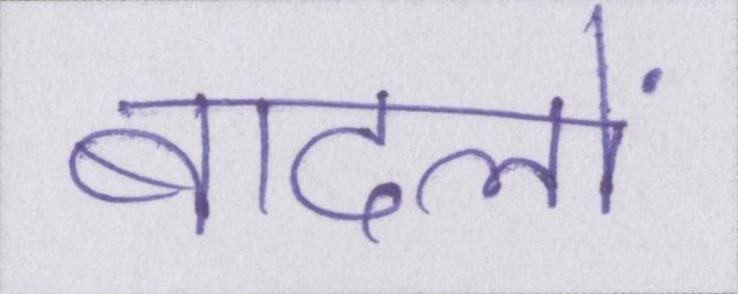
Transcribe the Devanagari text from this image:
बादलों